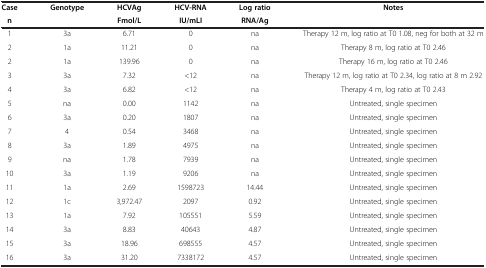
<table><thead><tr><td><b>Case</b></td><td><b>Genotype</b></td><td><b>HCVAg</b></td><td><b>HCV-RNA</b></td><td><b>Log ratio</b></td><td><b>Notes</b></td></tr><tr><td><b>n</b></td><td><b> </b></td><td><b>Fmol/L</b></td><td><b>IU/mLI</b></td><td><b>RNA/Ag</b></td><td><b> </b></td></tr></thead><tbody><tr><td>1</td><td>3a</td><td>6.71</td><td>0</td><td>na</td><td>Therapy 12 m, log ratio at T0 1.08, neg for both at 32 m</td></tr><tr><td>2</td><td>1a</td><td>11.21</td><td>0</td><td>na</td><td>Therapy 8 m, log ratio at T0 2.46</td></tr><tr><td>2</td><td>1a</td><td>139.96</td><td>0</td><td>na</td><td>Therapy 16 m, log ratio at T0 2.46</td></tr><tr><td>3</td><td>3a</td><td>7.32</td><td>&lt;12</td><td>na</td><td>Therapy 12 m, log ratio at T0 2.34, log ratio at 8 m 2.92</td></tr><tr><td>4</td><td>3a</td><td>6.82</td><td>&lt;12</td><td>na</td><td>Therapy 4 m, log ratio at T0 2.43</td></tr><tr><td>5</td><td>na</td><td>0.00</td><td>1142</td><td>na</td><td>Untreated, single specimen</td></tr><tr><td>6</td><td>3a</td><td>0.20</td><td>1807</td><td>na</td><td>Untreated, single specimen</td></tr><tr><td>7</td><td>4</td><td>0.54</td><td>3468</td><td>na</td><td>Untreated, single specimen</td></tr><tr><td>8</td><td>3a</td><td>1.89</td><td>4975</td><td>na</td><td>Untreated, single specimen</td></tr><tr><td>9</td><td>na</td><td>1.78</td><td>7939</td><td>na</td><td>Untreated, single specimen</td></tr><tr><td>10</td><td>3a</td><td>1.19</td><td>9206</td><td>na</td><td>Untreated, single specimen</td></tr><tr><td>11</td><td>1a</td><td>2.69</td><td>1598723</td><td>14.44</td><td>Untreated, single specimen</td></tr><tr><td>12</td><td>1c</td><td>3,972.47</td><td>2097</td><td>0.92</td><td>Untreated, single specimen</td></tr><tr><td>13</td><td>1a</td><td>7.92</td><td>105551</td><td>5.59</td><td>Untreated, single specimen</td></tr><tr><td>14</td><td>3a</td><td>8.83</td><td>40643</td><td>4.87</td><td>Untreated, single specimen</td></tr><tr><td>15</td><td>3a</td><td>18.96</td><td>698555</td><td>4.57</td><td>Untreated, single specimen</td></tr><tr><td>16</td><td>3a</td><td>31.20</td><td>7338172</td><td>4.57</td><td>Untreated, single specimen</td></tr></tbody></table>